Leaving Certificate Examination, 1906
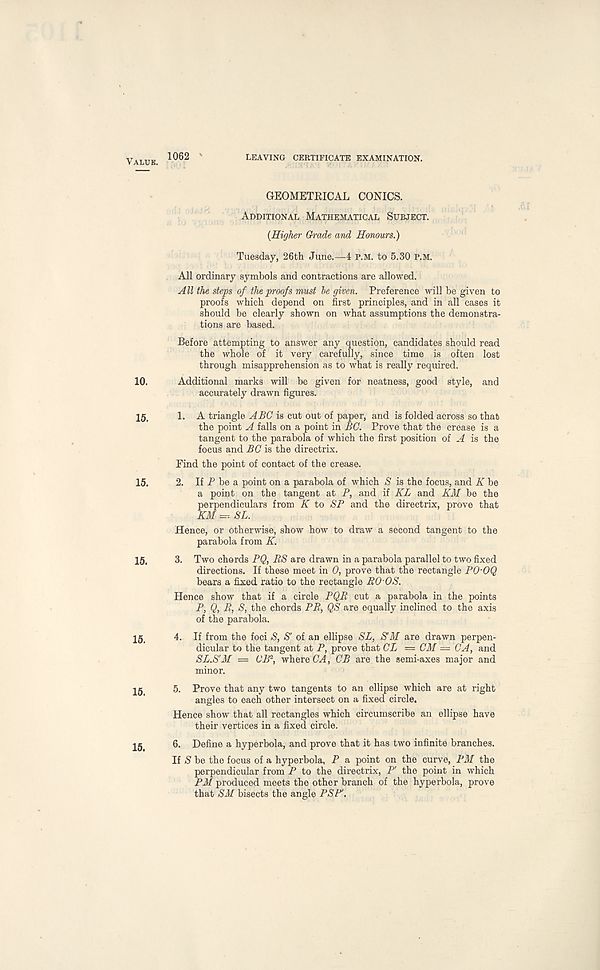
Yaluk. 1062
LEAVING CERTIFICATE EXAMINATION.
GEOMETRICAL CONICS.
Additional Mathematical Subject.
(Higher Grade and Honours.)
Tuesday, 26th June.—4 P.M. to 5.30 P.M.
All ordinary symbols and contractions are allowed.
All the steps of the proofs must he given. Preference will be given to
proofs which depend on first principles, and in all cases it
should be clearly shown on what assumptions the demonstra-
tions are based.
Before attempting to answer any question, candidates should read
the whole of it very carefully, since time is often lost
through misapprehension as to what is really required.
10.
Additional marks will be given for neatness, good style, and
accurately drawn figures.
ig t 1. A triangle ABC is cut out of paper, and is folded across so that
the point A falls on a point in BC. Prove that the crease is a
tangent to the parabola of which the first position of A is the
focus and BC is the directrix.
Find the point of contact of the crease.
15. 2. If P be a point on a parabola of which S is the focus, and K be
a point on the tangent at P, and if KL and KM be the
perpendiculars from K to SP and the directrix, prove that
KM =~- SL.
Hence, or otherwise, show how to draw a second tangent to the
parabola from K.
15. 3. Two chords PQ, BS are drawn in a parabola parallel to two fixed
directions. If these meet in 0, prove that the rectangle PO OQ
bears a fixed ratio to the rectangle BO OS.
Hence show that if a circle PQB cut a parabola in the points
P, Q, B, S, the chords PB, QS are equally inclined to the axis
of the parabola.
15, 4. If from the foci S, S' of an ellipse SL, S'M are drawn perpen-
dicular to the tangent at P, prove that CL = CM = CA, and
SL.S'M = CBP, where CA, CB are the semi-axes major and
minor.
15, 5. Prove that any two tangents to an ellipse which are at right
angles to each other intersect on a fixed circle.
Hence show that all rectangles which circumscribe an ellipse have
their vertices in a fixed circle.
15, 6. Define a hyperbola, and prove that it has two infinite branches.
If S be the focus of a hyperbola, P a point on the curve, PM the
perpendicular from P to the directrix, P' the point in which
PM produced meets the other branch of the hyperbola, prove
that SM bisects the angle PSP'.